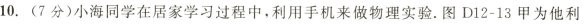
10.(7分)小海同学在居家学习过程中，利用手机来做物理实验。图D12-13甲为他利